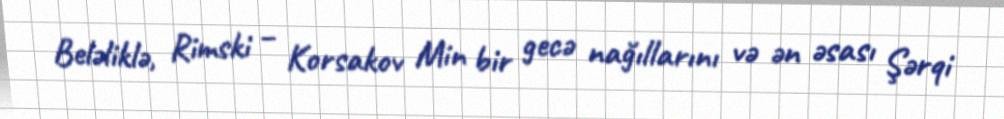
Beləliklə, Rimski – Korsakov Min bir gecə nağıllarını və ən əsası Şərqi